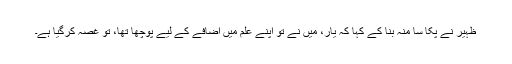
ظہیر نے پکّا سا منہ بنا کے کہا کہ یار، میں نے تو اپنے علم میں اضافے کے لیے پوچھا تھا، تُو غصہ کرگیا ہے۔